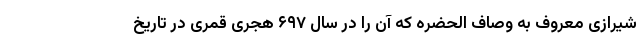
شیرازی معروف به وصّاف الحضره که آن را در سال ۶۹۷ هجری قمری در تاریخ